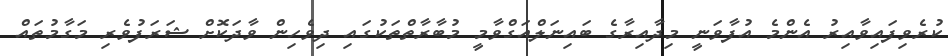
ކުރެވިފައިވާއިރު އެންމެ އުފާވަނީ މިދާއިރާގެ ބައިނަލްއަގްވާމީ މުބާރާތްތަކުގައި ދިވެހިން ވާދަކޮށް ޝަރަފުވެރި މަގާމުތައް